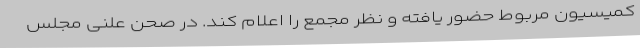
کمیسیون مربوط حضور یافته و نظر مجمع را اعلام کند. در صحن علنی مجلس